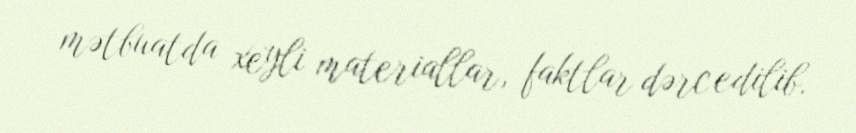
mətbuatda xeyli materiallar, faktlar dərc edilib.